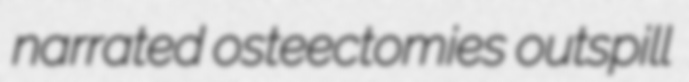
narrated osteectomies outspill